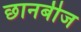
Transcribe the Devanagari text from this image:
छानबीज